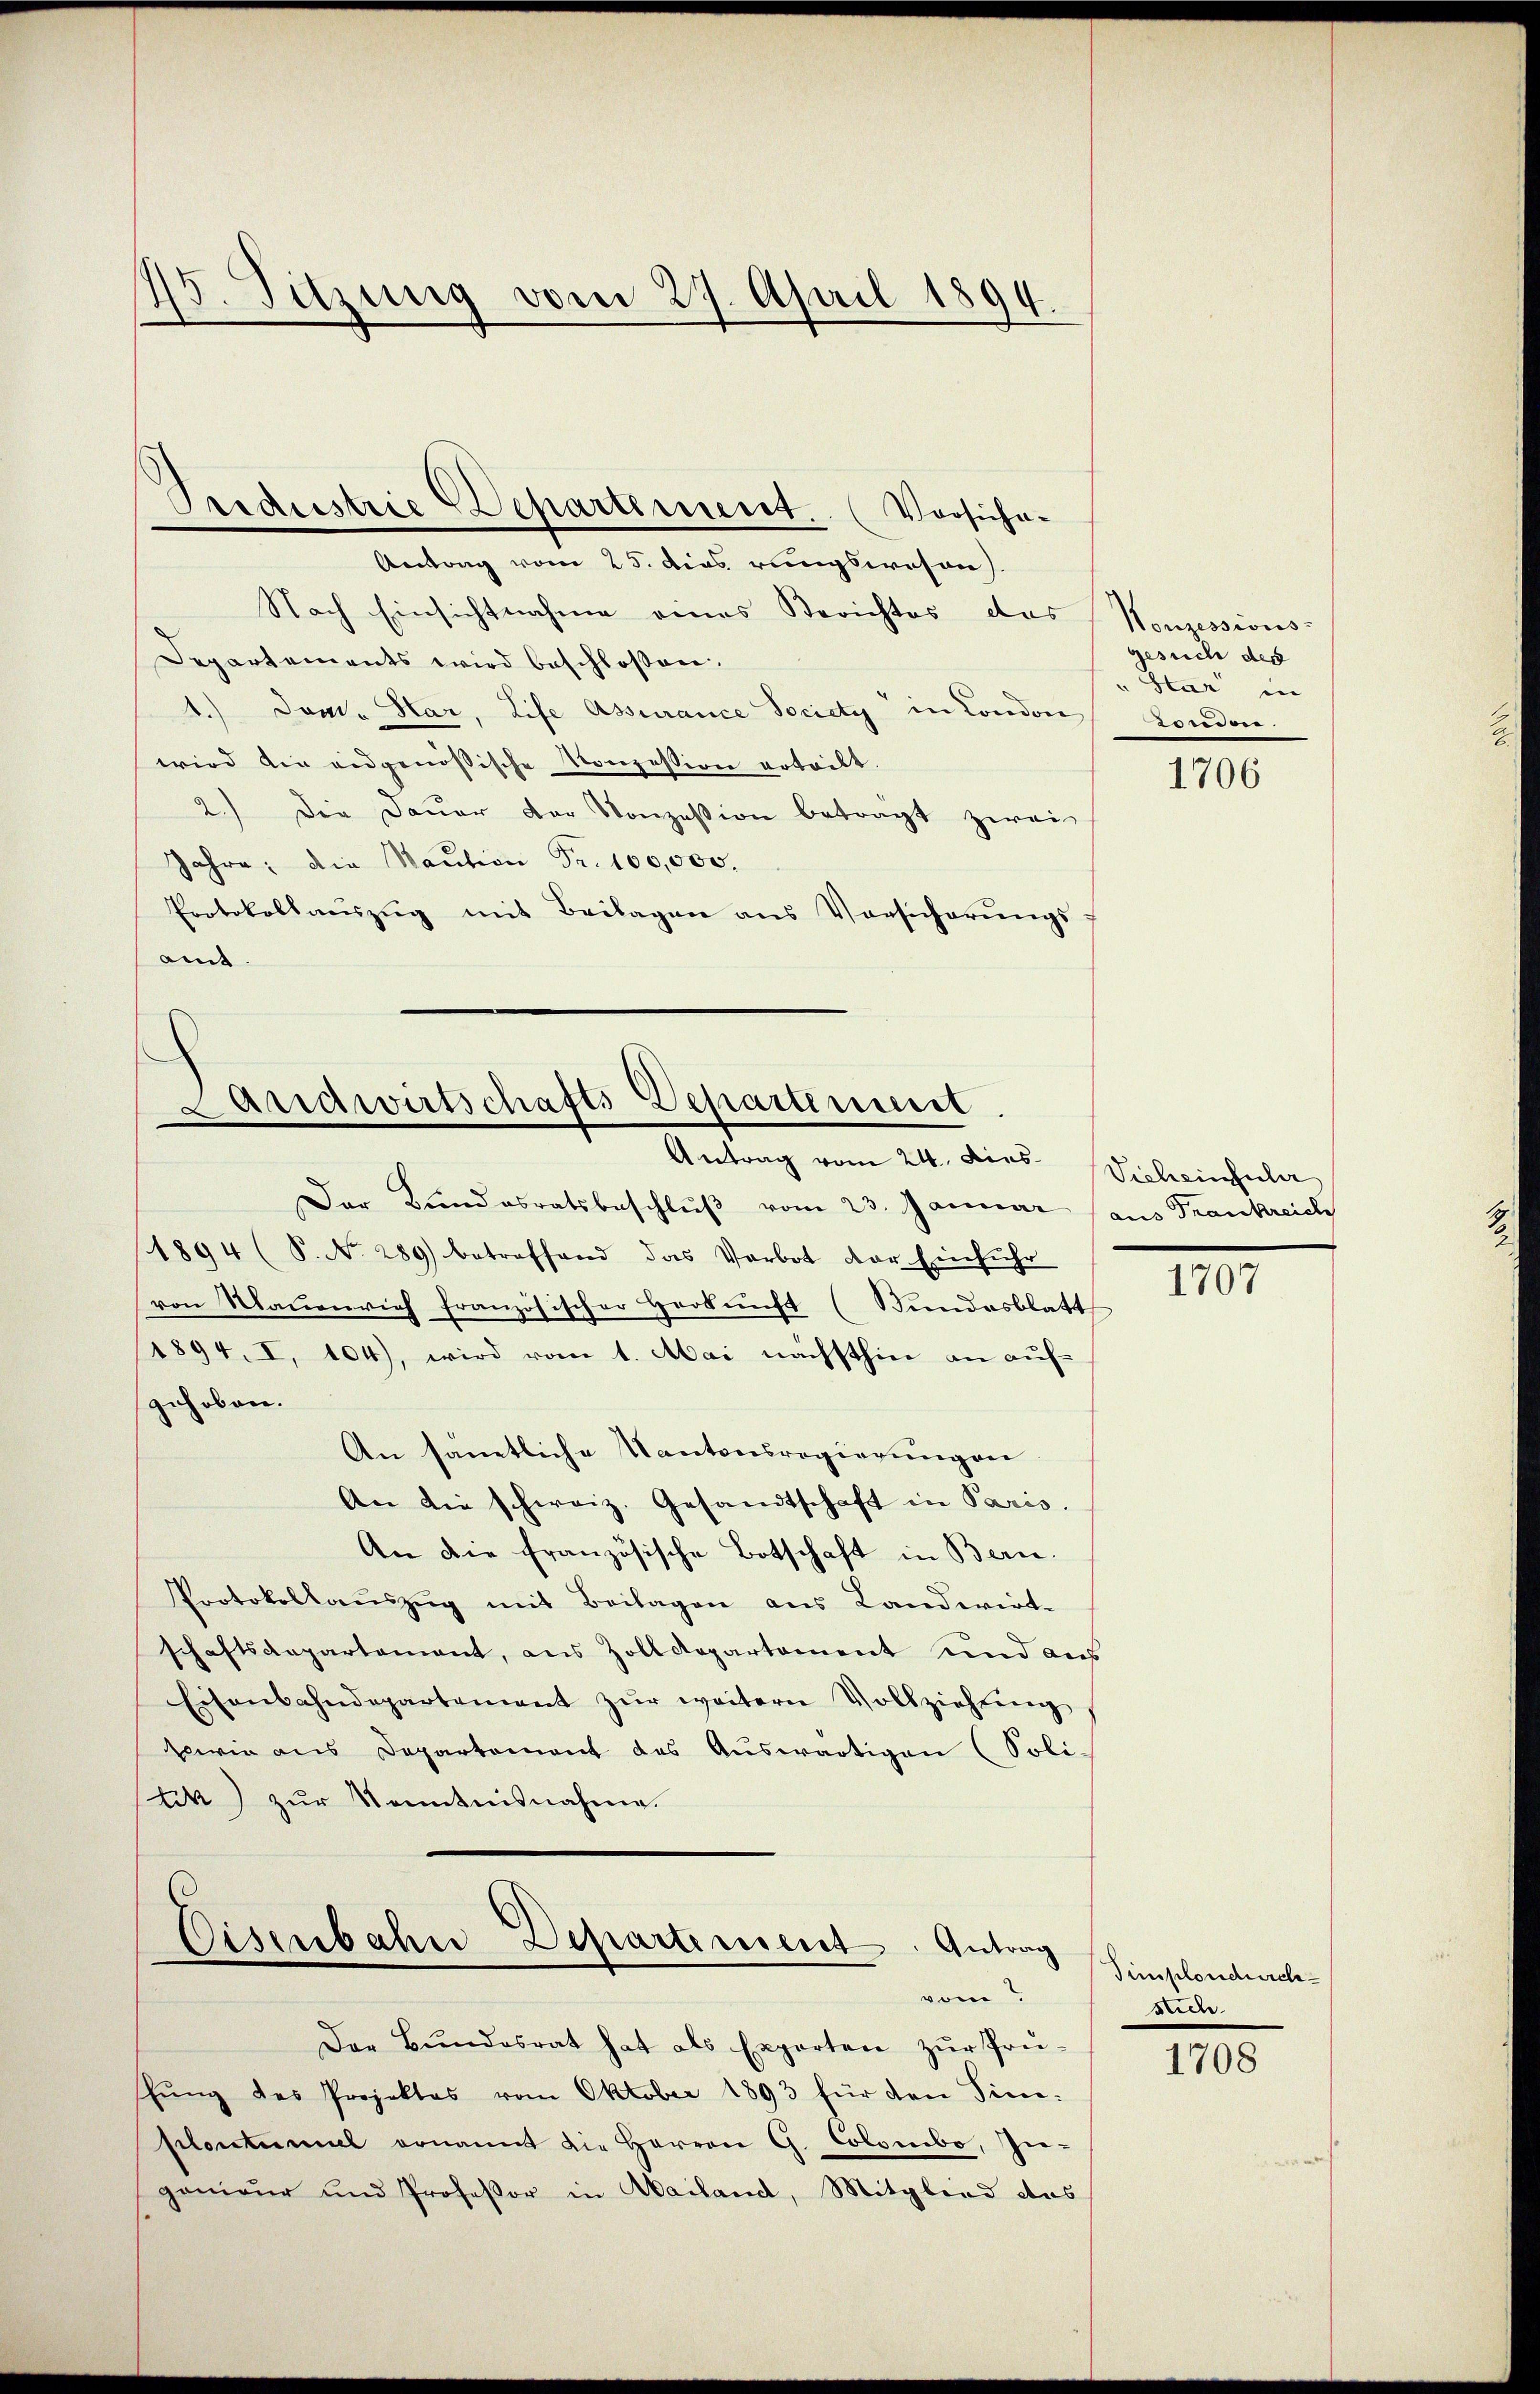
5. Sitzung vom 27. April 1894.

Antrag vom 25. dies rungswesen).
Nach Einsichtnahme eines Berichtes das Konzessions-
Departements wird beschloßen.
1.) Dem Har, Life Assurance Society in London,
wird die eidgenössische Konzession erteilt.
2.) Die Daŭer der Konzession betragt zwei
Jahre; die Maŭtion Fr. 100,000.
Protokollaŭszŭg mit Beilagen ans Vorsicherŭngs-
amt.

Antrag vom 24. dies Vieheinsula
Der Bundesratsbeschlŭβ vom 23. Januar (aus Frankreich
1894 (S. No. 289) betreffend das Verbot der Einfŭhr
von Maṅenrich französischer Herkunft (Bundesblatt
1894. I, 104), wird vom 1. Mai nächsthin an auf-
gehoben.
An samtliche Kantonsregierungen
An die schweiz. Gesandtschaft in Paris.
An die französische Botschaft in Bern.
Protokollaŭszŭg mit Beilagen aus Landwirt-
schaftsaepartement, aus Zolldepartement und aus
Eisenbahndepartement zŭr weitern Vollziehung
sowie aus Departement des Aŭswärtigen (Soli-
tik) zur Kenntnisnahme.

Pridustrie Departement. (Vorsiche-

Landwirtschafts-Departenmit

Eisenbahn-Departement. Antrag
vom

Der Bundesrat hat als Experten zur Prüfŭng des Projektes vom Oktober 1893 für den Sin¬
Polontinuel ernannt die Herren G. Colombo, Ingenieur und Professor in Mailand, Mitglied das

gesuch des
Star in
Ver

1706

1707

Simplondurche

1708